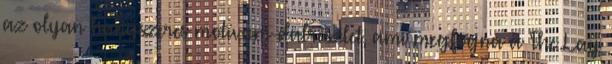
az olyan hangszeres motívum-dalrészlet, ami megfogna a ’The Lay